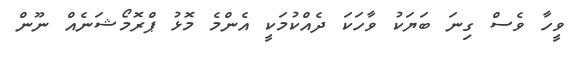
ވީހާ ވެސް ގިނަ ބަޔަކު ވާހަކަ ދެއްކުމަކީ އެންމެ މޮޅު ޕްރޮމޯޝަނެއް ނޫން